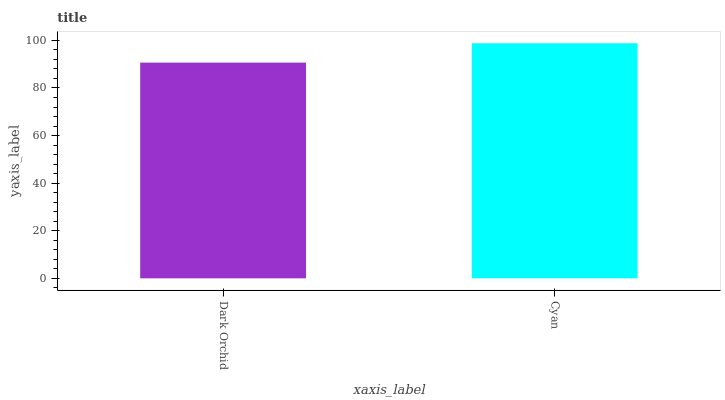
| xaxis_label | bars |
 | --- | --- |
 | Dark Orchid | 90.7 |
 | Cyan | 98.8 |